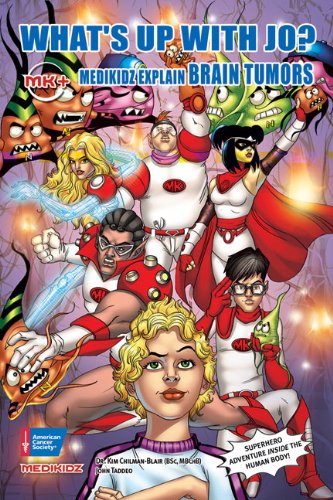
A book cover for What's Up with Jo?: Medikidz Explain Brain Tumors (Medikidz Explain [Cancer XYZ]); Kim Chilman-Blair BSc  MB ChB; Teen & Young Adult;